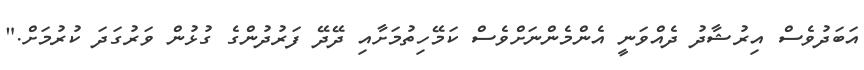
އަބަދުވެސް އިރުޝާދު ދެއްވަނީ އެންމެންނަށްވެސް ކަމޭހިތުމަށާއި ދޭދޭ ފަރުދުންގެ ގުޅުން ވަރުގަދަ ކުރުމަށް."